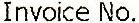
INVOICE NO.